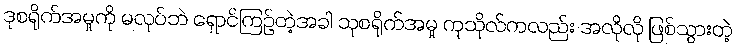
ဒုစရိုက်အမှုကို မလုပ်ဘဲ ရှောင်ကြဉ်တဲ့အခါ သုစရိုက်အမှု ကုသိုလ်ကလည်း အလိုလို ဖြစ်သွားတဲ့